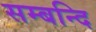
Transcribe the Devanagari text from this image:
सम्बन्दि